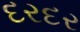
દરદર